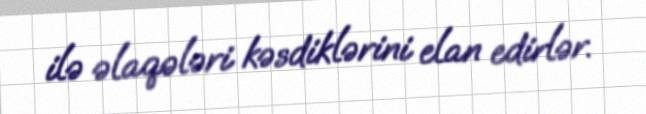
ilə əlaqələri kəsdiklərini elan edirlər.